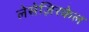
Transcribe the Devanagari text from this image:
लेसेज़िरकेल